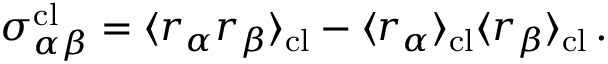
\sigma _ { \alpha \beta } ^ { \mathrm { c l } } = \langle r _ { \alpha } r _ { \beta } \rangle _ { \mathrm { c l } } - \langle r _ { \alpha } \rangle _ { \mathrm { c l } } \langle r _ { \beta } \rangle _ { \mathrm { c l } } \, .